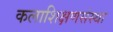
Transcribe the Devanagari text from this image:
कलाशिक्षणसंस्था